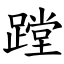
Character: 蹚